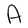
Character: A